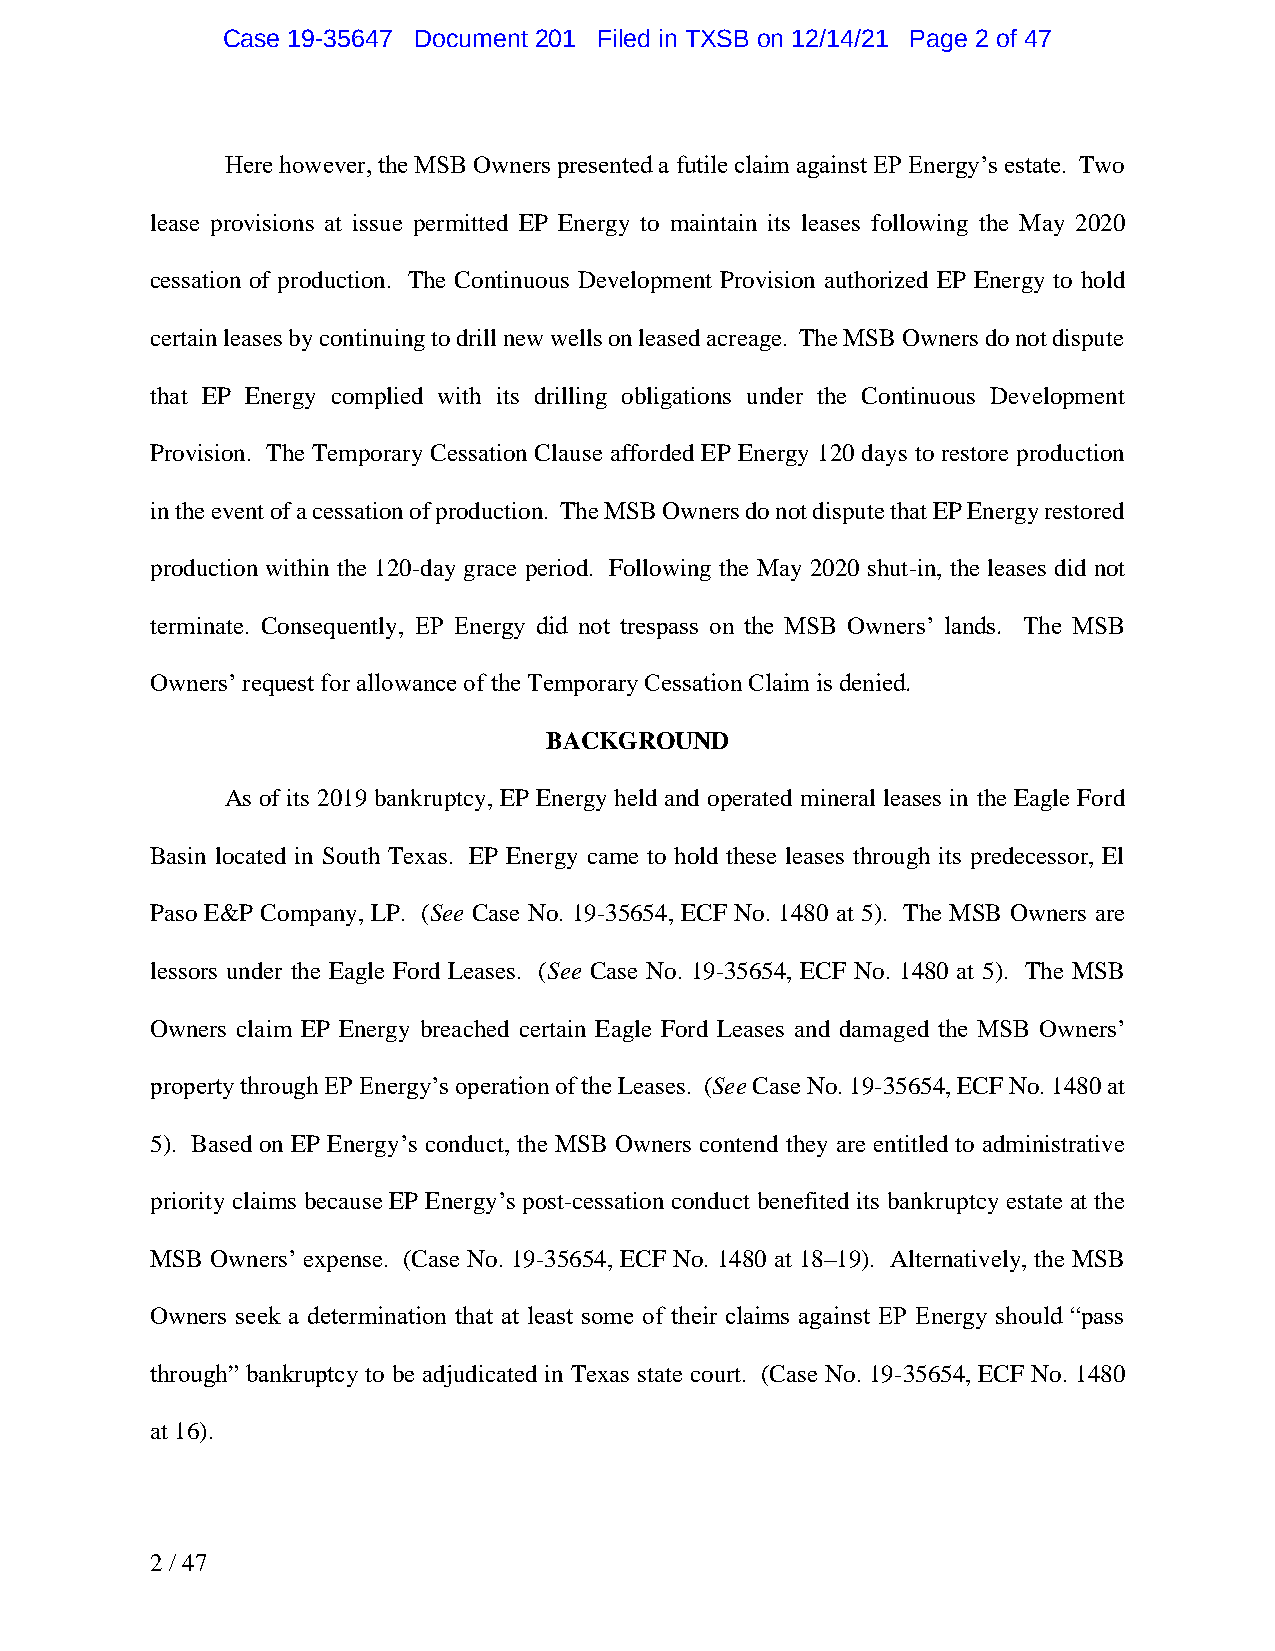
Case 19-35647 Document 201 Filed in TXSB on 12/14/21 Page 2 of 47
 Here however, the MSB Owners presented a futile claim against EP Energy’s estate. Two
 lease provisions at issue permitted EP Energy to maintain its leases following the May 2020
 cessation of production. The Continuous Development Provision authorized EP Energy to hold
 certain leases by continuing to drill new wells on leased acreage. The MSB Owners do not dispute
 that EP Energy complied with its drilling obligations under the Continuous Development
 Provision. The Temporary Cessation Clause afforded EP Energy 120 days to restore production
 in the event of a cessation of production. The MSB Owners do not dispute that EP Energy restored
 production within the 120-day grace period. Following the May 2020 shut-in, the leases did not
 terminate. Consequently, EP Energy did not trespass on the MSB Owners’ lands. The MSB
 Owners’ request for allowance of the Temporary Cessation Claim is denied.
 BACKGROUND
 As of its 2019 bankruptcy, EP Energy held and operated mineral leases in the Eagle Ford
 Basin located in South Texas. EP Energy came to hold these leases through its predecessor, El
 Paso E&P Company, LP. (See Case No. 19-35654, ECF No. 1480 at 5). The MSB Owners are
 lessors under the Eagle Ford Leases. (See Case No. 19-35654, ECF No. 1480 at 5). The MSB
 Owners claim EP Energy breached certain Eagle Ford Leases and damaged the MSB Owners’
 property through EP Energy’s operation of the Leases. (See Case No. 19-35654, ECF No. 1480 at
 5). Based on EP Energy’s conduct, the MSB Owners contend they are entitled to administrative
 priority claims because EP Energy’s post-cessation conduct benefited its bankruptcy estate at the
 MSB Owners’ expense. (Case No. 19-35654, ECF No. 1480 at 18–19). Alternatively, the MSB
 Owners seek a determination that at least some of their claims against EP Energy should “pass
 through” bankruptcy to be adjudicated in Texas state court. (Case No. 19-35654, ECF No. 1480
 at 16).
 2 / 47